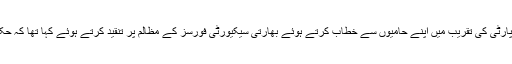
سماج وادی پارٹی کے رہنما اعظم خان نے گزشتہ روز عید ملن پارٹی کی تقریب میں اپنے حامیوں سے خطاب کرتے ہوئے بھارتی سیکیورٹی فورسز کے مظالم پر تنقید کرتے ہوئے کہا تھا کہ حکمران بیلٹ (ووٹ)کی بجائے بلٹ(گولی)کو فروغ دینا چاہتے ہیں۔